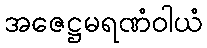
အဇေဋ္ဌမရဏံဝါယံ